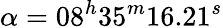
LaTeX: \alpha=08^{h}35^{m}16.21^{s}